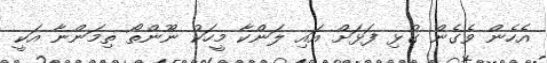
އެހެން ވެގެން ގުޅި ފަޅަށް އައި ލަންކާ މީހަކު ނޫންތޯ ތިމަންނާ އަކީ